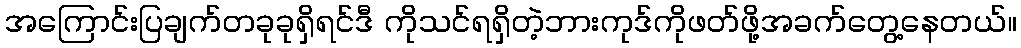
အကြောင်းပြချက်တခုခုရှိရင်ဒီ ကိုသင်ရရှိတဲ့ဘားကုဒ်ကိုဖတ်ဖို့အခက်တွေ့နေတယ်။